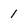
Character: 1